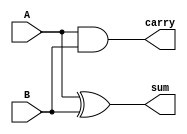
module HalfAdder(
    input A,
    input B,
    output sum,
    output carry
);
    assign sum = A ^ B;    // Sum is A XOR B
    assign carry = A & B;  // Carry is A AND B
endmodule